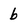
Character: b